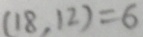
( 1 8 , 1 2 ) = 6